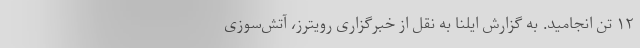
۱۲ تن انجامید. به گزارش ایلنا به نقل از خبرگزاری رویترز، آتش‌سوزی